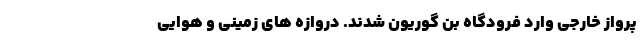
پرواز خارجی وارد فرودگاه بن گوریون شدند. دروازه های زمینی و هوایی